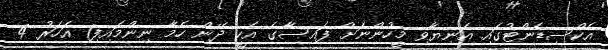
އެކްސިޑެންޓުގައި އަނިޔާވި މީހުންނަށް ފައިސާގެ އެހީ ދޭން ހެމާ ނިންމައިފި1 އަހަރު 4